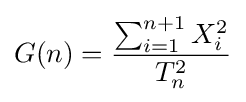
G(n)={\frac {\sum _{i=1}^{n+1}X_{i}^{2}}{T_{n}^{2}}}